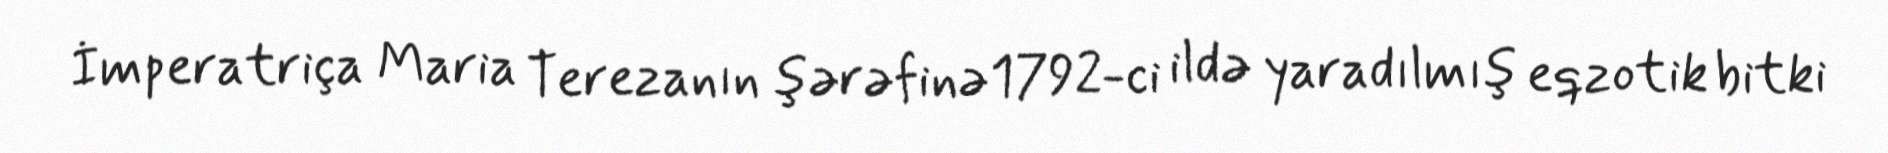
İmperatriça Maria Terezanın şərəfinə1792-ci ildə yaradılmış eqzotik bitki